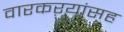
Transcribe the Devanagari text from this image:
वारकऱ्यांसह